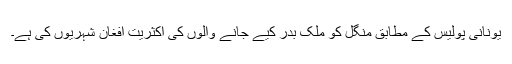
يونانی پوليس کے مطابق منگل کو ملک بدر کيے جانے والوں کی اکثريت افغان شہريوں کی ہے۔